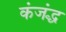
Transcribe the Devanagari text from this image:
कंजंद्ध